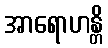
အာရောဟန္တိ